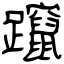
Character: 躥